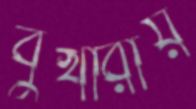
বুখারায়